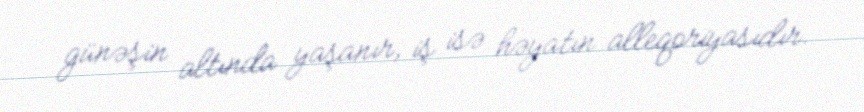
günəşin altında yaşanır, iş isə həyatın alleqoriyasıdır.